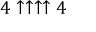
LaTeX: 4 \uparrow \uparrow \uparrow \uparrow 4